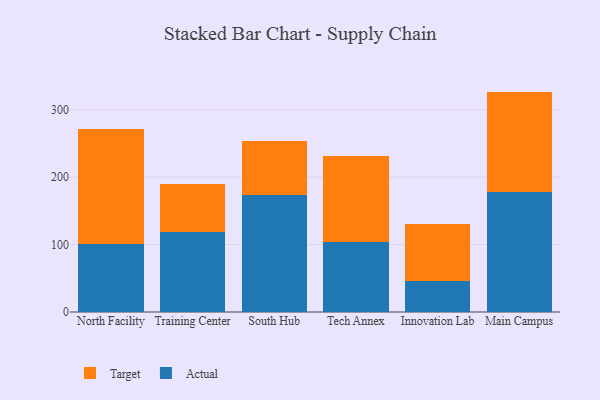
{"axis": {"x": "Campus", "y": "Gross Profit (USD K)"}, "legend": ["Actual", "Target"], "data": [{"x": "North Facility", "y": 100.5, "type": "Actual"}, {"x": "North Facility", "y": 170.3, "type": "Target"}, {"x": "Training Center", "y": 118.6, "type": "Actual"}, {"x": "Training Center", "y": 71.8, "type": "Target"}, {"x": "South Hub", "y": 173.4, "type": "Actual"}, {"x": "South Hub", "y": 80.5, "type": "Target"}, {"x": "Tech Annex", "y": 104.4, "type": "Actual"}, {"x": "Tech Annex", "y": 126.7, "type": "Target"}, {"x": "Innovation Lab", "y": 46.5, "type": "Actual"}, {"x": "Innovation Lab", "y": 84.7, "type": "Target"}, {"x": "Main Campus", "y": 177.2, "type": "Actual"}, {"x": "Main Campus", "y": 149.6, "type": "Target"}]}